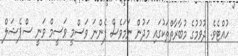
ހުއްޓެވެ. ދުވުމުގެ މުބާރާތްތަކުގައި މަދުން ނަމަވެސް ފެންނަ ވަސްމީ ވަސީމް ވަނީ ސްޕެޝަލް